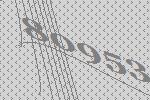
80953